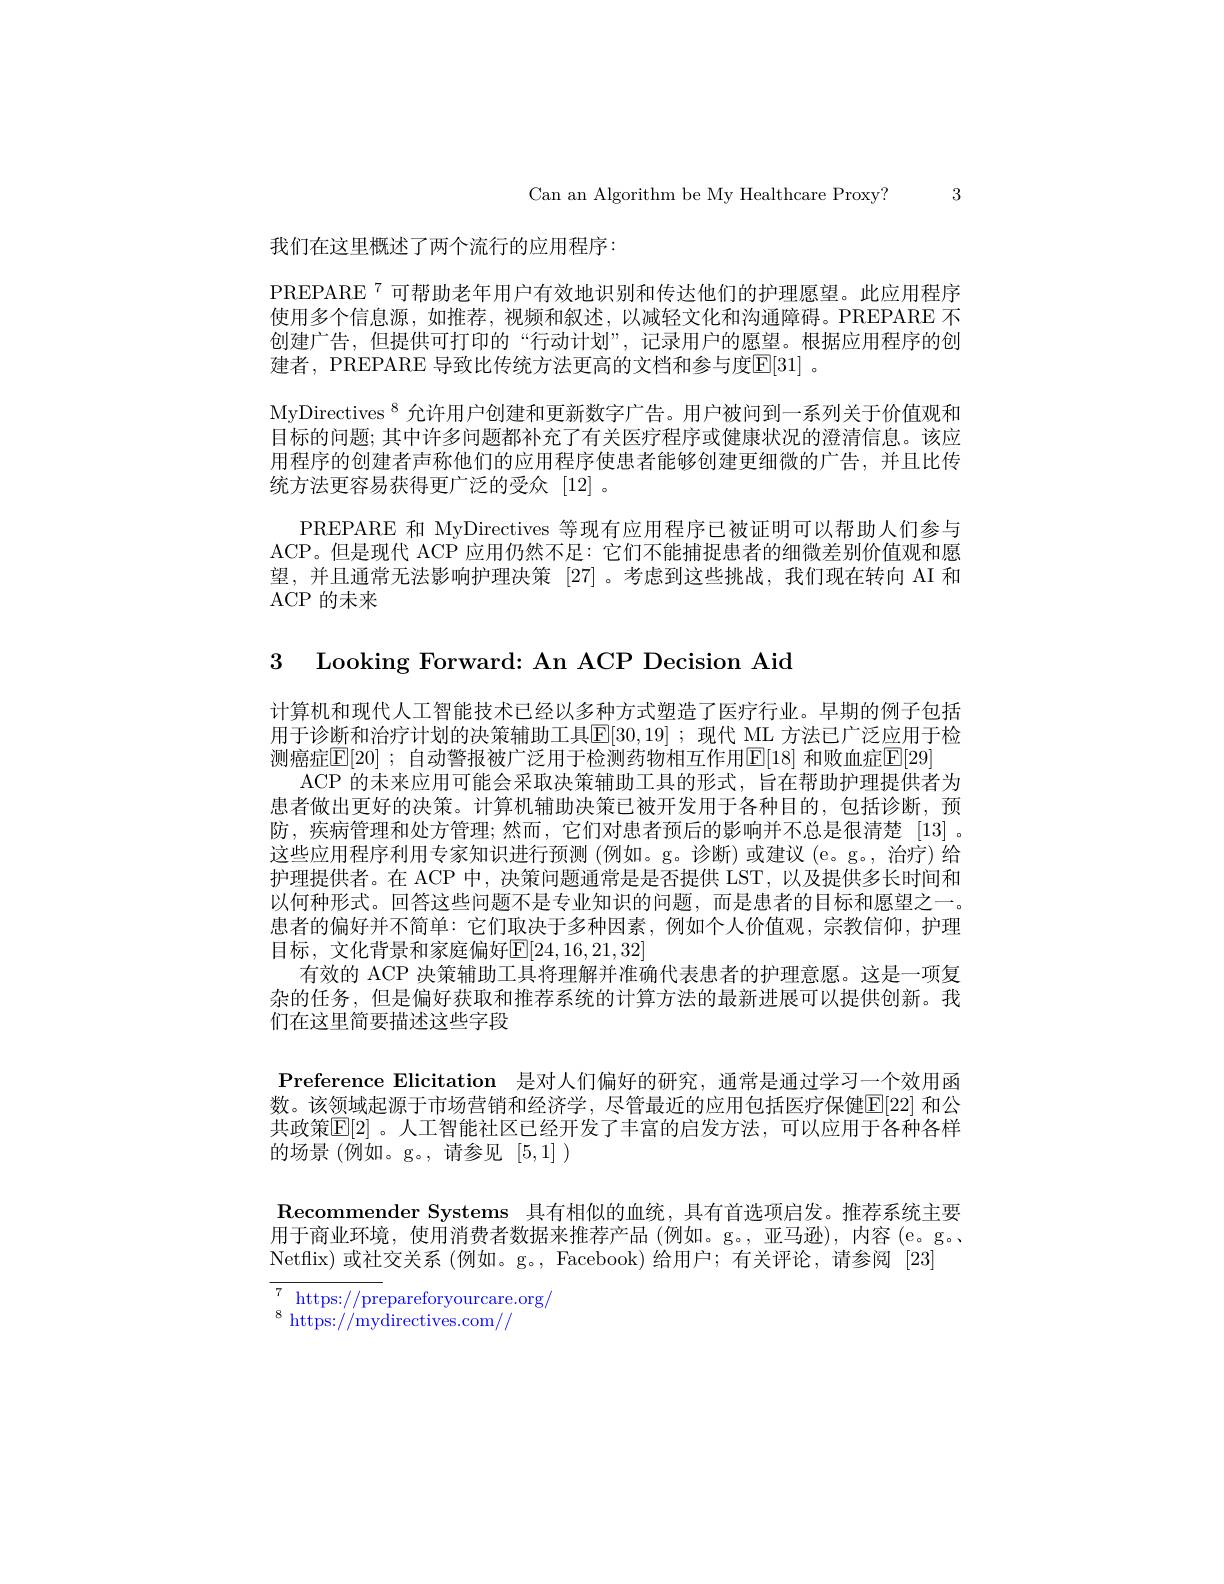
Can an Algorithm be My Healthcare Proxy? 3

我们在这里概述了两个流行的应用程序：

PREPARE $^{7}$可帮助老年用户有效地识别和传达他们的护理愿望。此应用程序使用多个信息源，如推荐，视频和叙述，以减轻文化和沟通障碍。PREPARE 不创建广告，但提供可打印的“行动计划”,记录用户的愿望。根据应用程序的创建者，PREPARE 导致比传统方法更高的文档和参与度$\mathbb{E}[31]$ 。
MyDirectives$^{8}$允许用户创建和更新数字广告。用户被问到一系列关于价值观和目标的问题；其中许多问题都补充了有关医疗程序或健康状况的澄清信息。该应用程序的创建者声称他们的应用程序使患者能够创建史细微的广告，并且比传统方法更容易获得更广泛的受众[12]。
PREPARE 和 MyDirectives 等现有应用程序已被证明可以帮助人们参与ACP。但是现代 ACP 应用仍然不足：它们不能捕捉患者的细微差别价值观和愿望，并且通常无法影响护理决策[27]。考虑到这些挑战，我们现在转向 AI 和ACP的末来

3 Looking Forward: An ACP Decision Aid

计算机和现代人工智能技术已经以多种方式塑造了医疗行业。早期的例子包括用于诊断和治疗计划的决策辅助工具$\overline{\mathbb{E}}[30,19]$ ;现代 ML 方法已广泛应用于检测癌症[E[20] ; 自动警报被广泛用于检测药物相互作用[E][18] 和败血症[E[29]
ACP 的未来应用可能会采取决策辅助工具的形式，旨在帮助护理提供者为患者做出更好的决策。计算机辅助决策已被开发用于各种目的，包括诊断，预防，疾病管理和处方管理；然而，它们对患者预后的影响并不总是很清楚[13] 。这些应用程序利用专家知识进行预测 (例如。g。诊断)或建议 (e。g。,治疗) 给护理提供者。在 ACP 中，决策问题通常是是否提供 LST, 以及提供多长时间和以何种形式。回答这些问题不是专业知识的问题，而是患者的目标和愿望之一。患者的偏好并不简单：它们取决于多种因素，例如个人价值观，宗教信仰，护理目标，文化背景和家庭偏好[24,16,21,32]
有效的 ACP 决策辅助工具将理解并准确代表患者的护理意愿。这是一项复杂的任务，但是偏好获取和推荐系统的计算方法的最新进展可以提供创新。我们在这里简要描述这些字段
${\textbf{Preference Elicitation}}$ 是对人们偏好的研究，通常是通过学习一个效用函数。该领域起源于市场营销和经济学，尽管最近的应用包括医疗保健E[22] 和公共政策$\mathbb{E}[2]$。人工智能社区已经开发了丰富的启发方法，可以应用于各种各样的场景 (例如。g。,请参见[5,1] )
Recommender Systems 具有相似的血统，具有首选项启发。推荐系统主要用于商业环境，使用消费者数据来推荐产品(例如。g。,亚马逊),内容(e。g.. Netflix)或社交关系 (例如。g。, Facebook) 给用户；有关评论，请参阅 [23]
$\overline{{7}}_{\mathrm{s}}^{7}$https://prepareforyourcare.org/
$^{8}$ https://mydirectives.com//